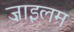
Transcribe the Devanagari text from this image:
ज़ाइलम